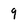
Character: 9